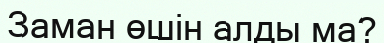
Заман өшін алды ма?